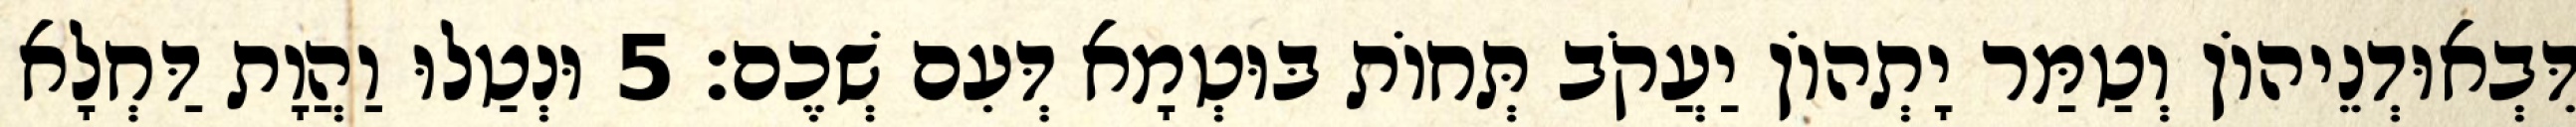
דִּבְאוּדְנֵיהוֹן וְטַמַּר יָתְהוֹן יַעֲקֹב תְּחוֹת בּוּטְמָא דְּעִם שְׁכֶם׃ 5 וּנְטַלוּ וַהֲוָת דַּחְלָא